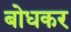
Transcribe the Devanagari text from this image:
बोधकर